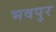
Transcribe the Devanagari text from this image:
भवपुर